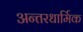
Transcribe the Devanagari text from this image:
अन्तरधार्मिक